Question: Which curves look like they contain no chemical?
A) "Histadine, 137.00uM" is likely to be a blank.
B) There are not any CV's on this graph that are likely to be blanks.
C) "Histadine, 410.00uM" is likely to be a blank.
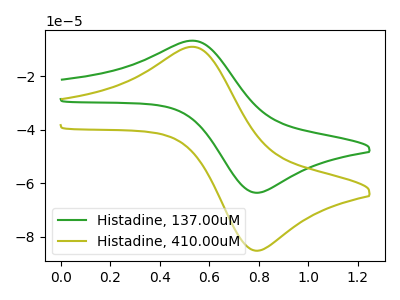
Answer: <think>The green curve "Histadine, 137.00uM" has an anodic peak at (0.55V, -6.75uA) and a cathodic peak at (0.80V, -63.60uA). The olive curve "Histadine, 410.00uM" has an anodic peak at (0.55V, -9.05uA) and a cathodic peak at (0.80V, -85.25uA).</think>
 <answer>B) There are not any CV's on this graph that are likely to be blanks.</answer>
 <eval>B</eval>